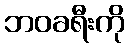
ဘဝခရီးကို